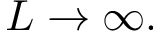
L \to \infty .